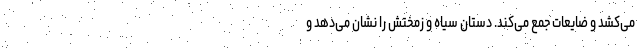
می‌کشد و ضایعات جمع ‌می‌کند. دستان سیاه و زمختش را نشان می‌دهد و